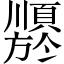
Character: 𬱍